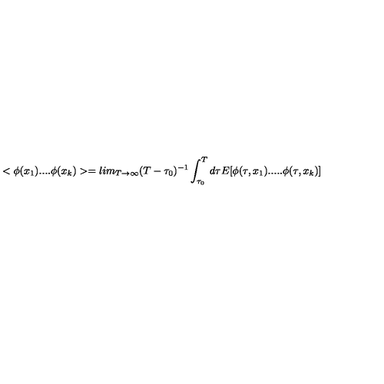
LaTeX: < \phi ( x _ { 1 } ) . . . . \phi ( x _ { k } ) > = l i m _ { T \rightarrow \infty } ( T - \tau _ { 0 } ) ^ { - 1 } \int _ { \tau _ { 0 } } ^ { T } d \tau E [ \phi ( \tau , x _ { 1 } ) . . . . . \phi ( \tau , x _ { k } ) ]